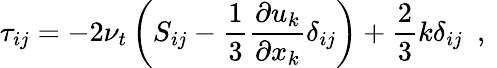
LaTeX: \tau_{ij}=-2\nu_{t}\left(S_{ij}-\frac{1}{3}\frac{\partial u_{k}}{\partial x_{k}}\delta_{ij}\right)+\frac{2}{3}k\delta_{ij}\ \mathrm{~,~}